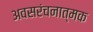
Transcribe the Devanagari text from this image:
अवसरंचनात्मक